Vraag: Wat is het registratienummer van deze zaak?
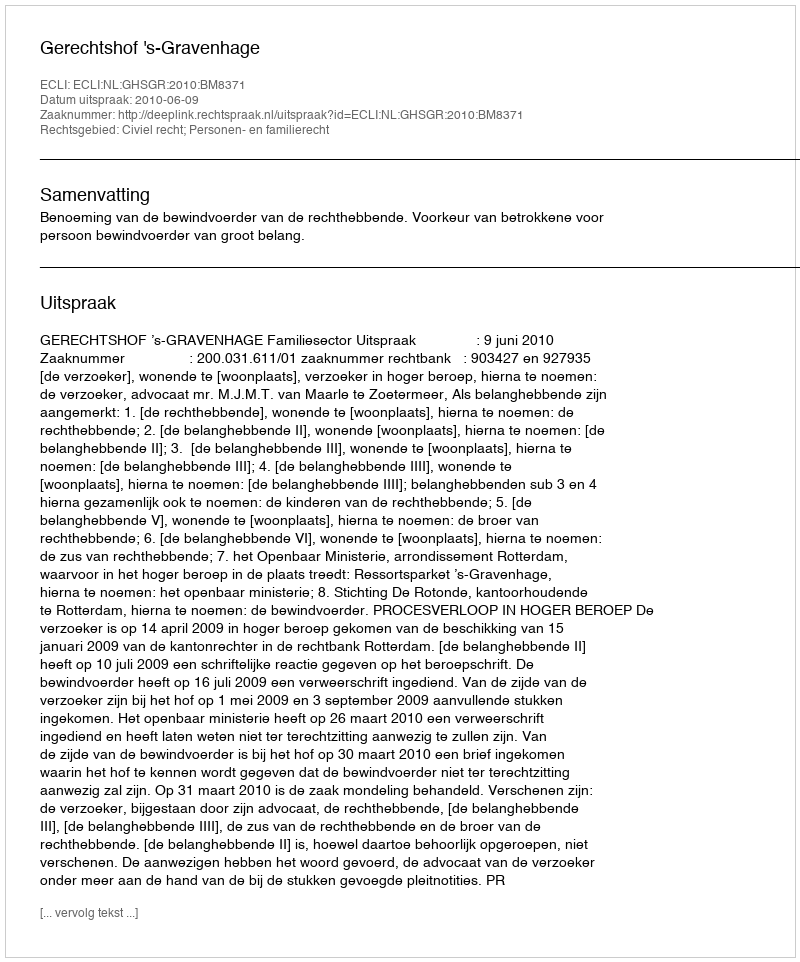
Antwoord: http://deeplink.rechtspraak.nl/uitspraak?id=ECLI:NL:GHSGR:2010:BM8371